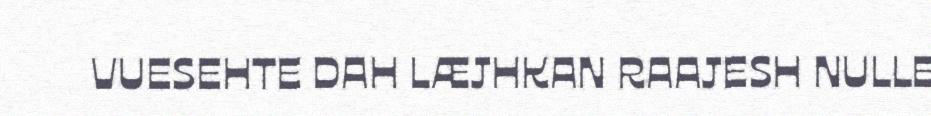
VUESEHTE DAH LÆJHKAN RAAJESH NULLE